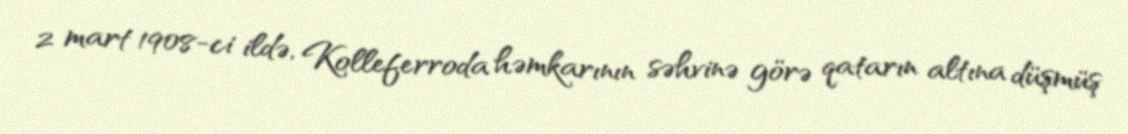
2 mart 1908-ci ildə, Kolleferroda həmkarının səhvinə görə qatarın altına düşmüş